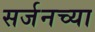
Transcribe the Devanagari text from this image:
सर्जनच्या